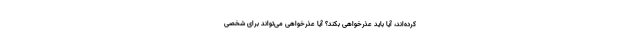
کرده‌اند، آیا باید عذر‌خواهی بکند؟ آیا عذرخواهی می‌تواند برای شخصی